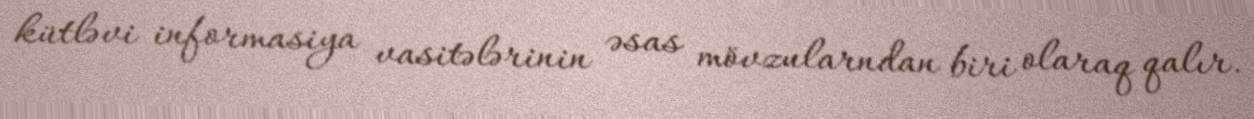
kütləvi informasiya vasitələrinin əsas mövzularndan biri olaraq qalır.